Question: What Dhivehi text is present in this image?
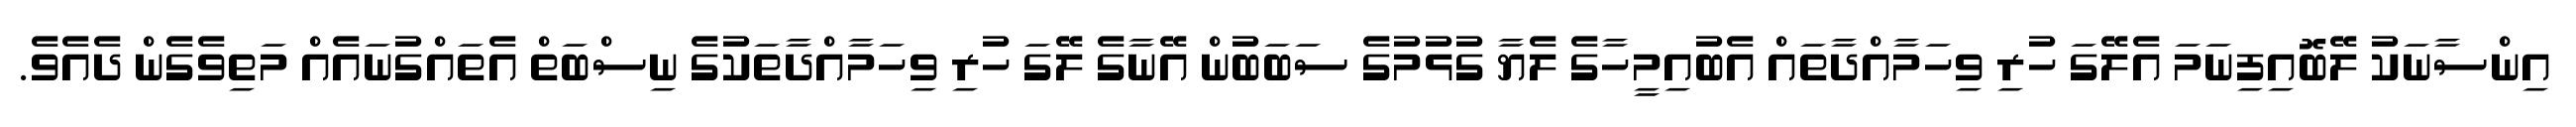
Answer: އިންސާނަކު ލޭބޮއިފިނަމަ އެލޭގަ ހުރި ވިހަމާއްދާތައް އެބުއިމީހާގެ ލެޔާ ގުޅުމުގެ ސަބަބުން އޭނާގެ ލޭގަ ހުރި ވިހަމާއްދާތަކުގެ ނިސްބަތް އެތައްގުނައެއް މަތިވެގެން ދެއެވެ.